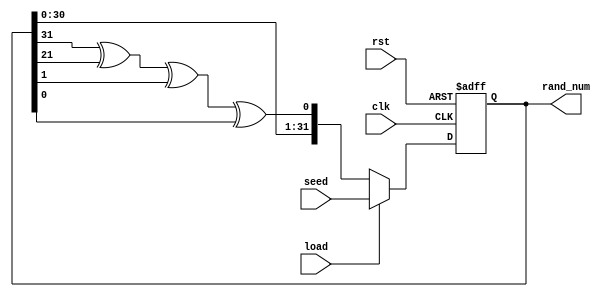
`timescale 1ns / 1ps

module random_gen(
    input wire clk,               
    input wire rst,               
    input wire load,              
    input wire [31:0] seed,       
    output reg [31:0] rand_num    
    );
    
    always @ (posedge clk or negedge rst)
        if (!rst)
            rand_num <= 32'b0;
        else if (load)
            rand_num <= seed;
        else
            rand_num <= {rand_num[30:0],
                         rand_num[31]^rand_num[21]^rand_num[1]^rand_num[0]};
    
endmodule